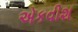
એકવીશ